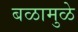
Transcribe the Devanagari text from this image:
बळामुळे